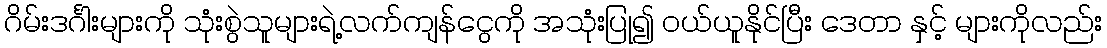
ဂိမ်းဒင်္ဂါးများကို သုံးစွဲသူများရဲ့လက်ကျန်ငွေကို အသုံးပြု၍ ဝယ်ယူနိုင်ပြီး ဒေတာ နှင့် များကိုလည်း